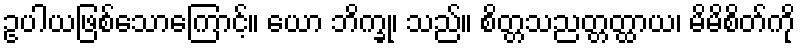
ဥပါယဖြစ်သောကြောင့်။ ယော ဘိက္ခု၊ သည်။ စိတ္တသညတ္တတ္ထာယ၊ မိမိစိတ်ကို